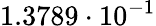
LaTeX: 1.3789\cdot 10^{-1}